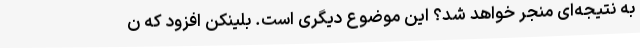
به نتیجه‌ای منجر خواهد شد؟ این موضوع دیگری است. بلینکن افزود که ن